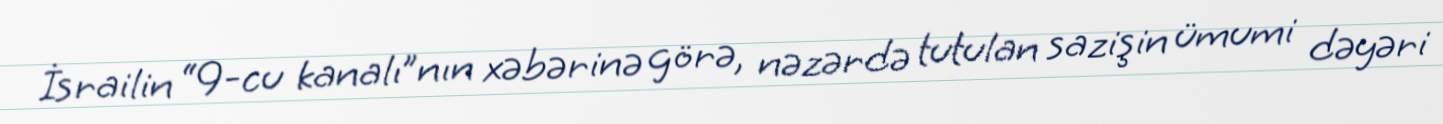
İsrailin “9-cu kanalı”nın xəbərinə görə, nəzərdə tutulan sazişin ümumi dəyəri